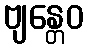
ဗျန္တေဝ